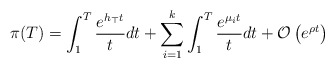
\begin{align*}\pi(T)=\int_{1}^{T}\frac{e^{h_{\top}t}}{t}dt+\sum_{i=1}^{k}\int_{1}^{T}\frac{e^{\mu_{i}t}}{t}dt+\mathcal{O}\left(e^{\rho t}\right)\end{align*}